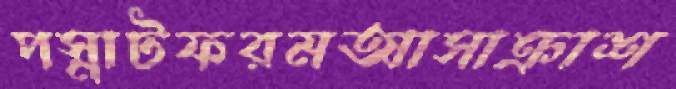
পস্নাটফরমআসাক্রাশ